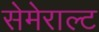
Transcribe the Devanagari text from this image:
सेमेराल्ट